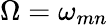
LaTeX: \Omega=\omega_{mn}